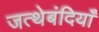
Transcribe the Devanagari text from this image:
जत्थेबंदियाँ